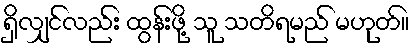
ရှိလျှင်လည်း ထွန်းဖို့ သူ သတိရမည် မဟုတ်။